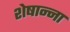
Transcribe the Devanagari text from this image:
शेषान्ना